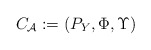
\begin{align*}{{C}_{\cal A}} : =( P_Y, \Phi, \Upsilon )\end{align*}